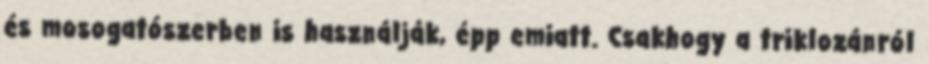
és mosogatószerben is használják, épp emiatt. Csakhogy a triklozánról